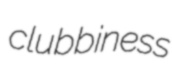
clubbiness